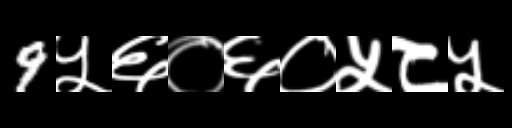
Text: 9५६०६०५८५